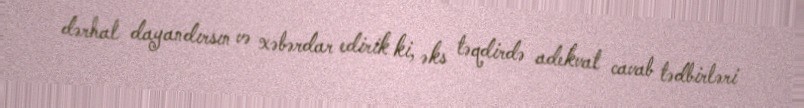
dərhal dayandırsın və xəbərdar edirik ki, əks təqdirdə adekvat cavab tədbirləri